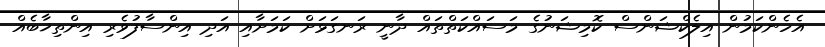
އެހެންކަމުން އިލެކްޝަންސް ކޮމިޝަނުގެ މަސައްކަތްތައް ދާނީ ރަނގަޅަށް ކަމަށާއި އަދި އިންސާފުވެރި އިންތިޚާބެއް